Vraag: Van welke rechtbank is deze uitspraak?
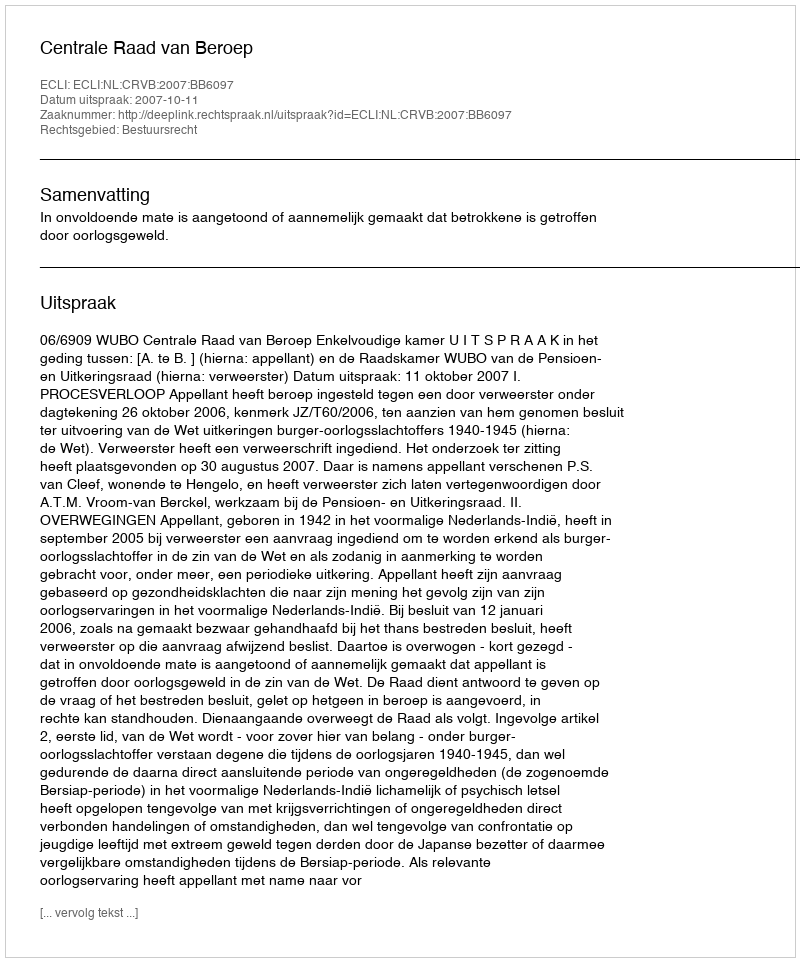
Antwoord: Centrale Raad van Beroep